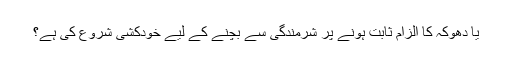
یا دھوکہ کا الزام ثابت ہونے پر شرمندگی سے بچنے کے لیے خودکشی شروع کی ہے؟